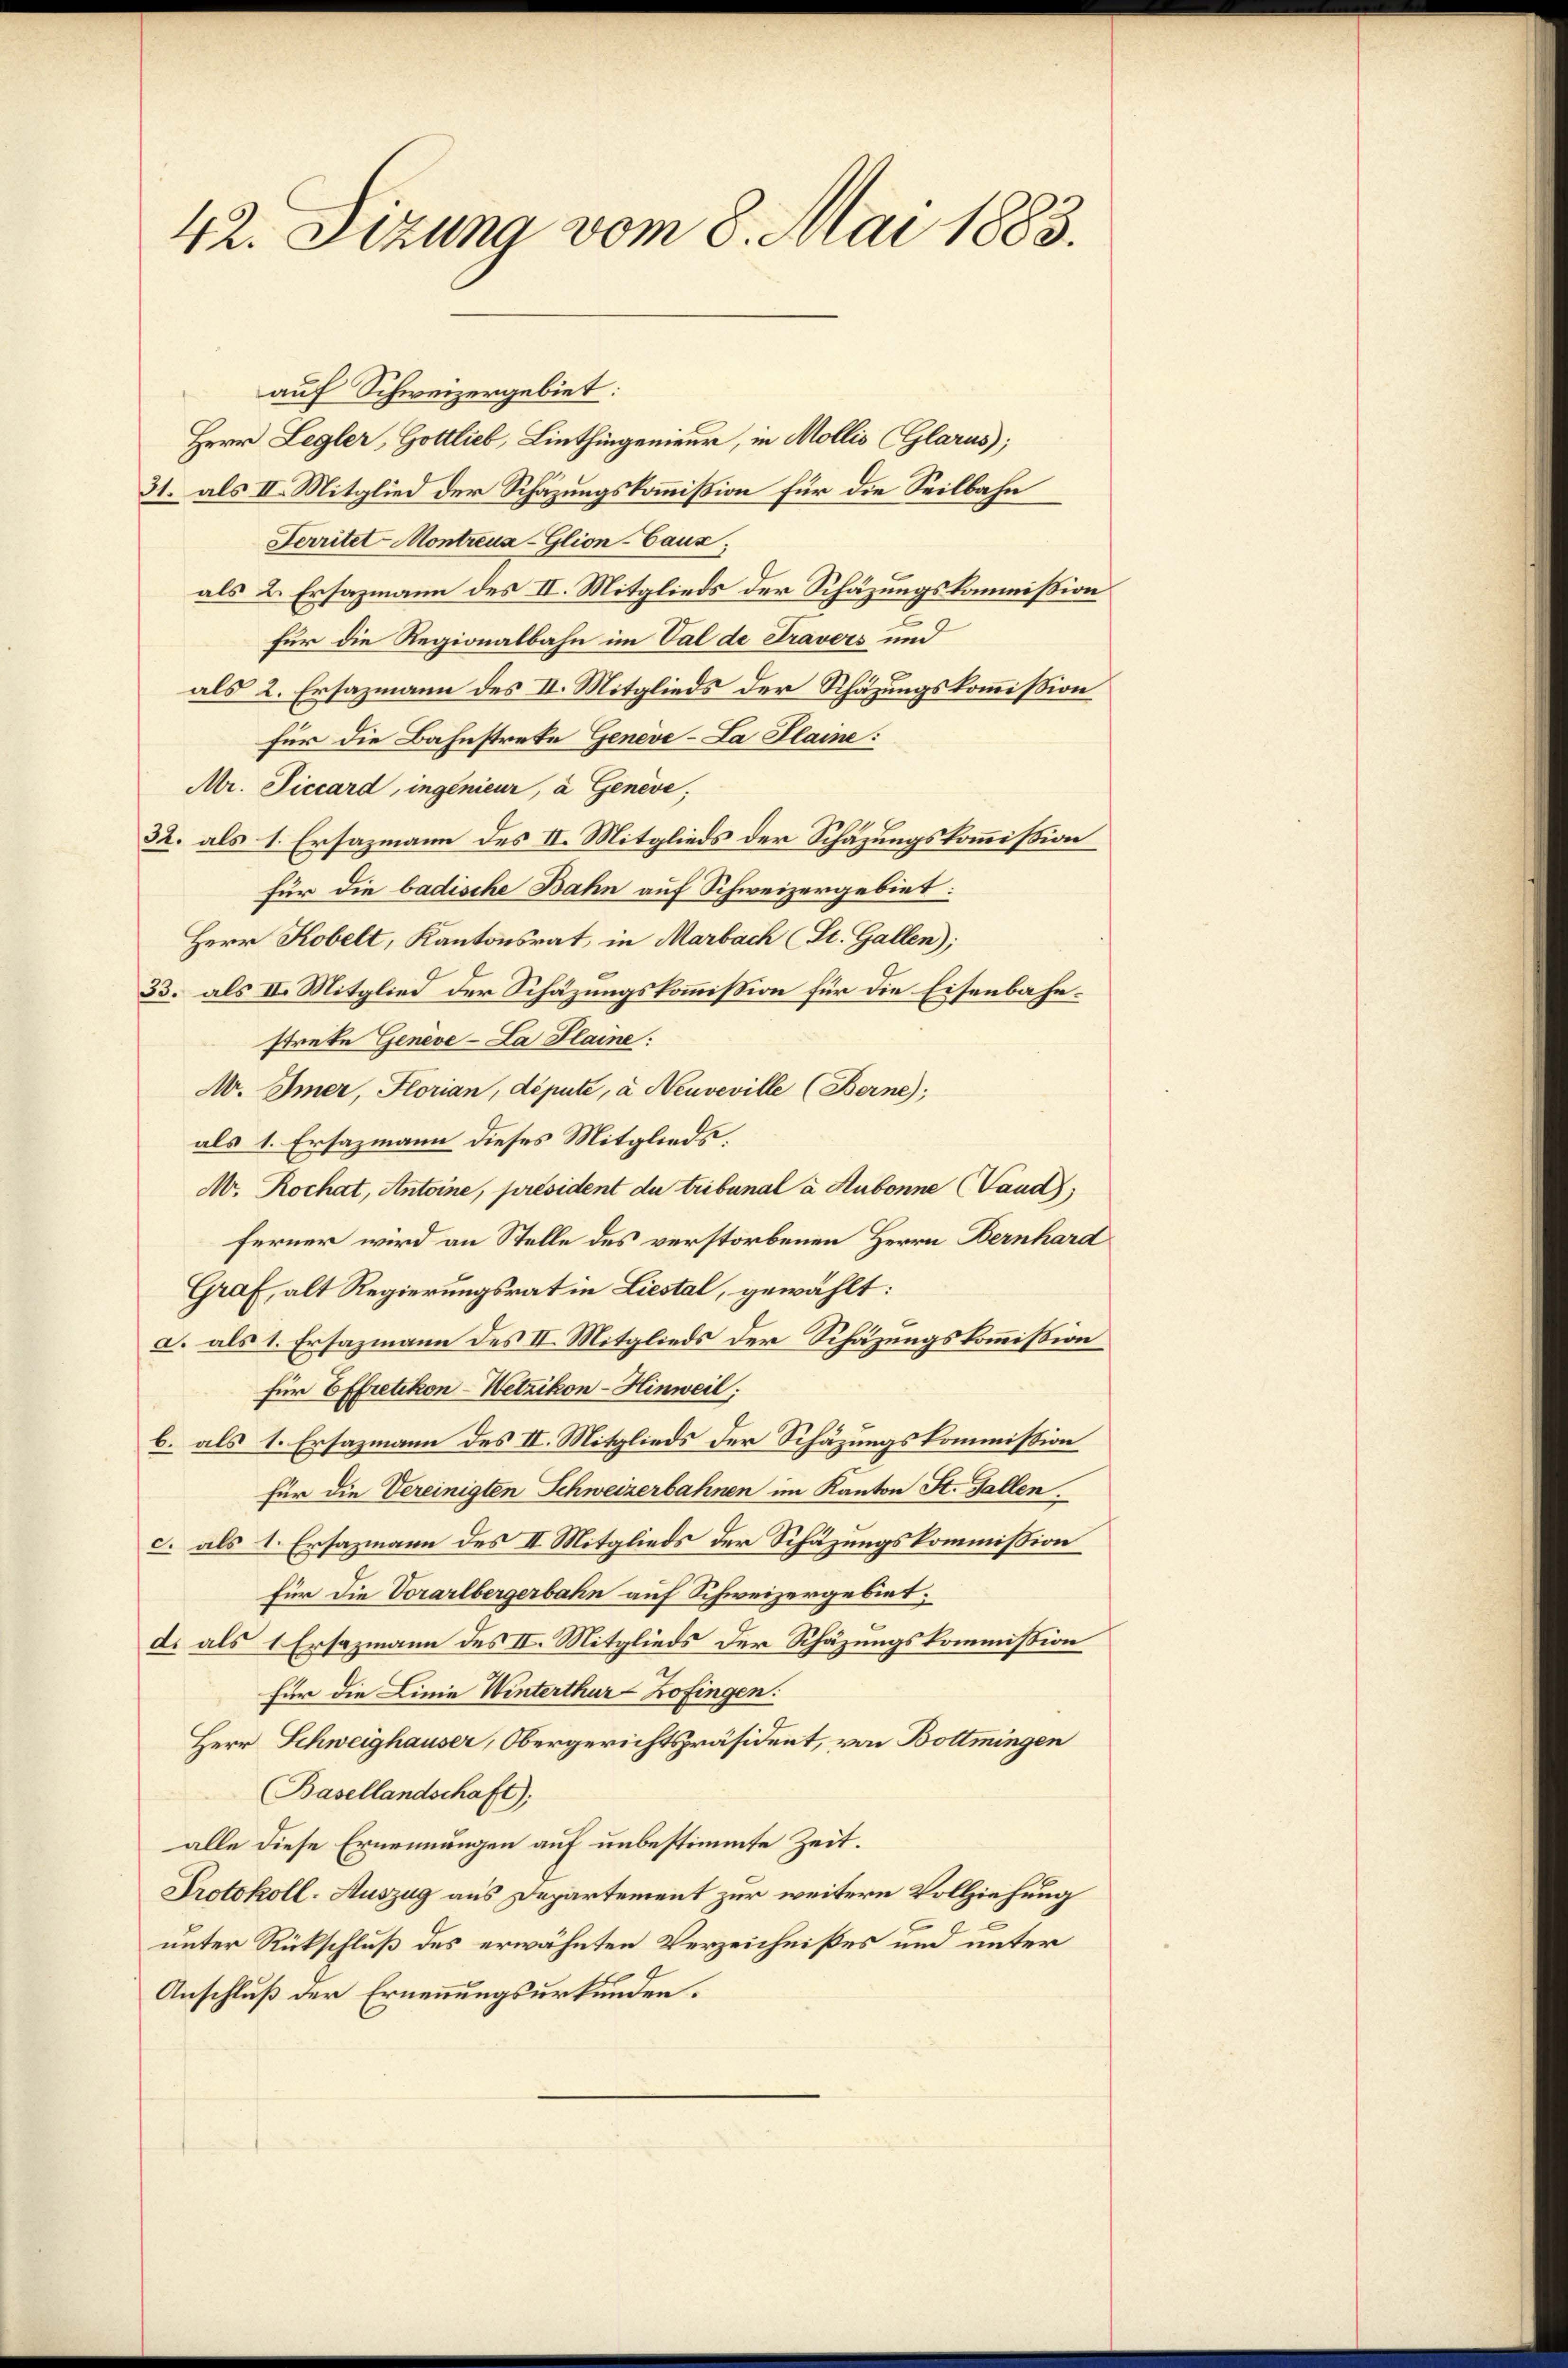
42. Sizung vom 8. Mai 1883.

auf Schweizergebiet:
Herr Legler, Gottlieb, Linthingenieur, in Mollis (Glarus);
31. als II. Mitglied der Schazungskommißion für die Seilbahn
Ferritet Montreua-Glion-Caux;
als 2. Ersazmann des II. Mitglieds der Schäzungskommission
.
für die Regionalbahn im Val de Travers und
als 2. Ersazmann des II. Mitglieds der Schäzungskommißion
für die Bahnstrete Geneve-La Plaine:
Mr. Piccard, ingenieur, à Genève,
32. als 1. Ersazmann des II. Mitglieds der Schazungskommißion
für die badische Bahn auf Schweizergebiet:
Herr Kobelt, Kantonsrat, in Marbach (St. Gallen);
33. als II. Mitglied der Schäzungskommission für die Eisenbahnstrete Geneve-La Plaine:
N. Imer, Florian, député, à Neuveville (Berne);
als 1. Ersazmann dieses Mitglieds,
N. Rochat, Antoine, président du tribunal a Hubonne (Tand)
ferner wird an Stelle des verstorbenen Herrn Bernhard
Graf, alt Regierungsrat in Liestal, gewählt:
a. als 1. Ersazmann des II. Mitglieds der Schäzungskommission
für Effretikon-Wetzikon - Hinweil:
b. als 1. Ersazmann des II. Mitglieds der Schäzungskommission
für die Vereinigten Schweizerbahnen im Kanton St. Gallen.
c. als 1. Ersazmann des II. Mitglieds der Schäzungskommission
für die Vorarlbergerbahn auf Schweizergebiet,
d. als 1 Ersazmann des II. Mitglieds der Schäzungskommission
für die Linie Winterthur–Zofingen.
Herr Schweighauser, Obergerichtspräsident, von Bottmingen
Basellandschaft);
alle diese Ernennungen auf unbestimmte Zeit.
Protokoll-Auszug aus Departement zur weitere Vollziehung
unter Rückschluß des erwähnten Verzeichnißes und unter
Anschluß der Ernennungsurkunden.